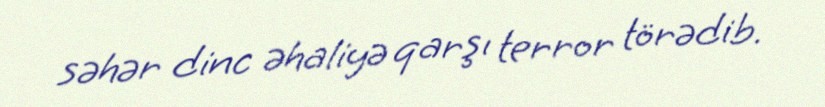
səhər dinc əhaliyə qarşı terror törədib.